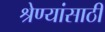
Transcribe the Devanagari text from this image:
श्रेण्यांसाठी